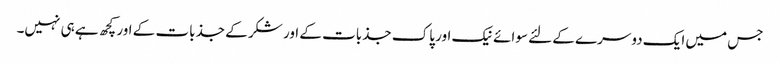
جس میں ایک دوسرے کے لئے سوائے نیک اور پاک جذبات کے اور شکر کے جذبات کے اور کچھ ہے ہی نہیں۔